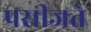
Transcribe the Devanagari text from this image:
पसीजते